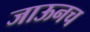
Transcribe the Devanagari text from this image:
जाऊनच